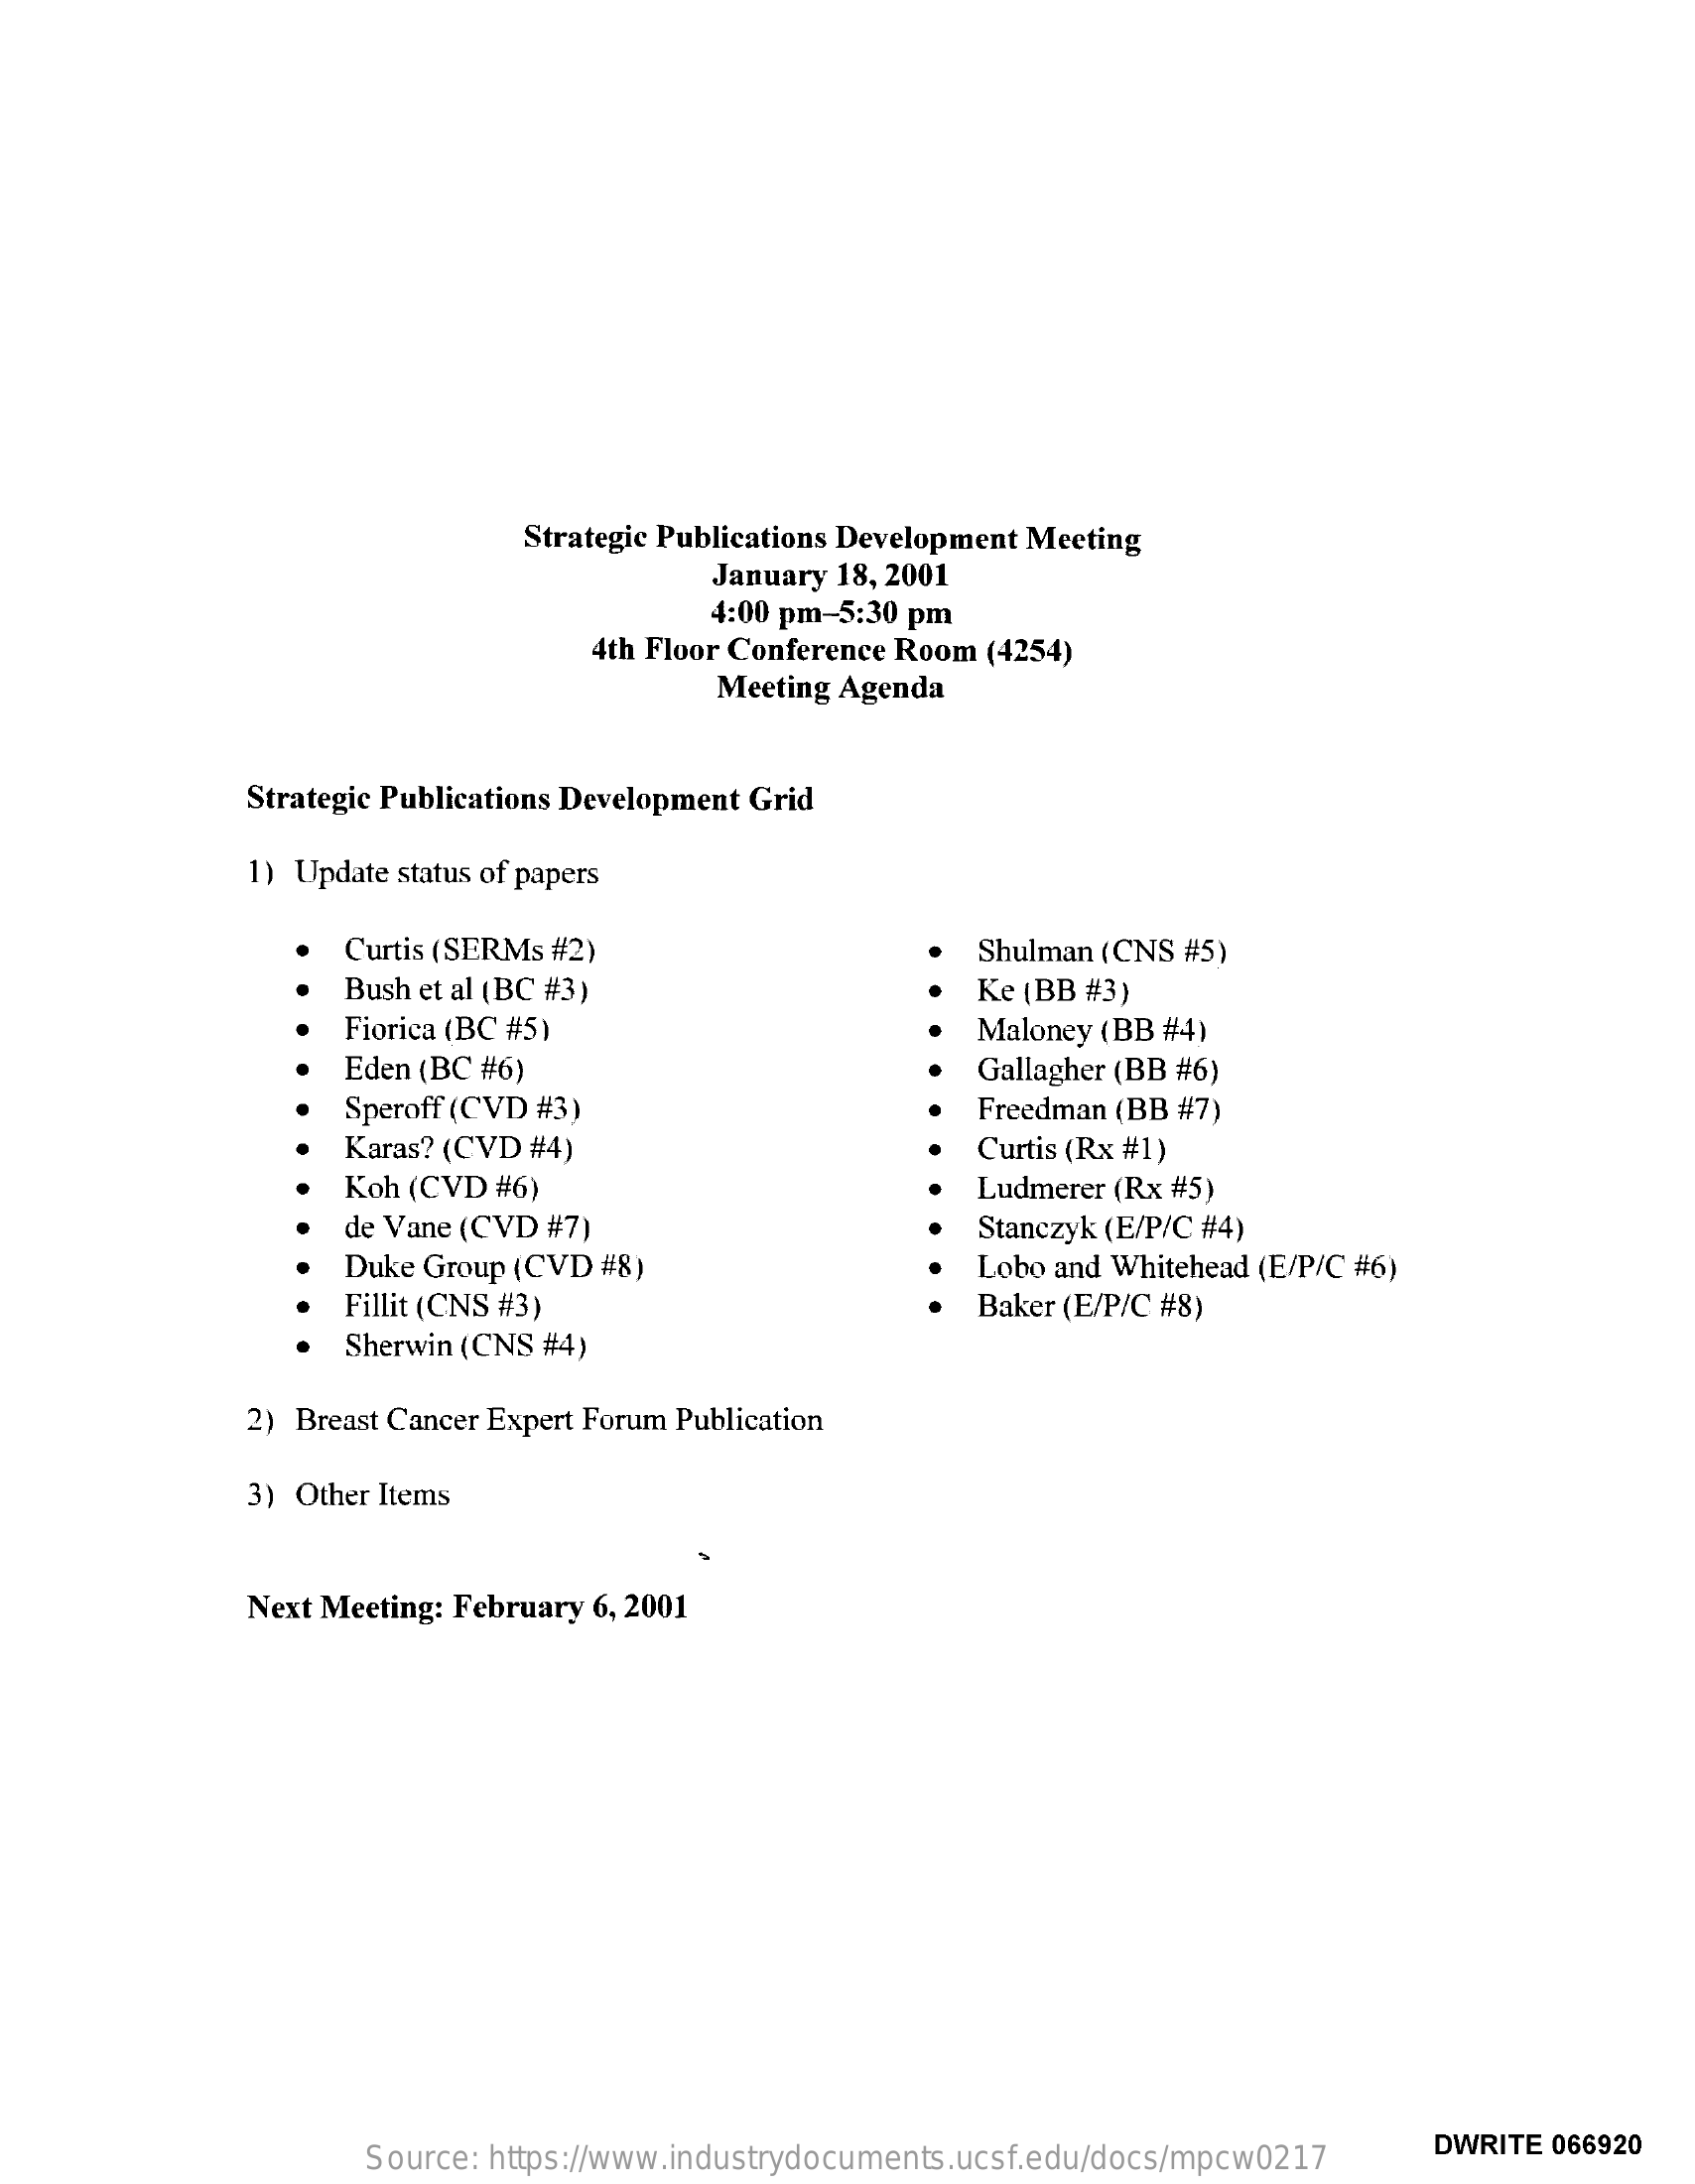
Strategic Publications Development Meeting
     January 18, 2001
     4:00 pm-5:30 pm
     4th Floor Conference Room (4254)
     Meeting Agenda
     Strategic Publications Development Grid
     1) Update status of papers
     Curtis (SERMs #2)    Shulman (CNS #5)
     Bush et al (BC #3)    Ke (BB #3)
     Fiorica (BC #5)    Maloney (BB #4)
     Eden (BC #6)    Gallagher (BB #6)
     Speroff (CVD #3)    Freedman (BB #7)
     Karas? (CVD #4)    Curtis (Rx #1)
     Koh (CVD #6)    Ludmerer (Rx #5)
     de Vane (CVD #7)    Stanczyk (E/P/C #4)
     Duke Group (CVD #8)    Lobo and Whitehead (E/P/C #6)
     Fillit (CNS #3)    Baker (E/P/C #8)
     Sherwin (CNS #4)
     2) Breast Cancer Expert Forum Publication
     3) Other Items
     Next Meeting: February 6, 2001
     Source: https://www.industrydocuments.ucsf.edu/docs/mpcw0217
     DWRITE 066920